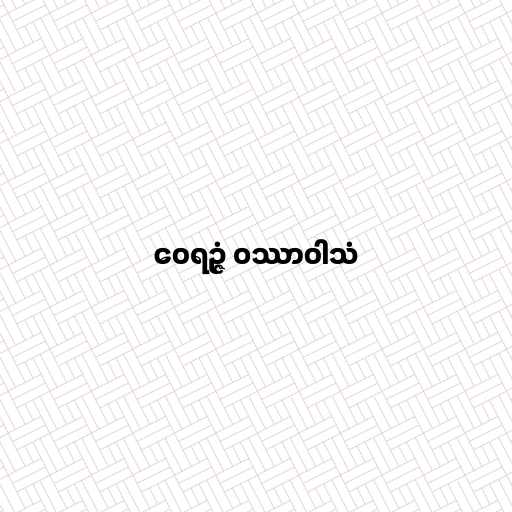
ဝေရဉ္ဇံ ဝဿာဝါသံ